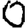
Digit: 0